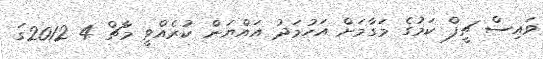
ވައިސް ޗީފް ކަމުގެ މަގާމަށް އަހުމަދު އައްޔަން ކުރެއްވީ މާޗް 4 2012ގަ